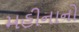
મહીનાનો